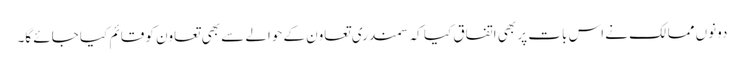
دونوں ممالک نے اس بات پر بھی اتفاق کیا کہ سمندری تعاون کے حوالے سے بھی تعاون کو قائم کیا جائے گا۔